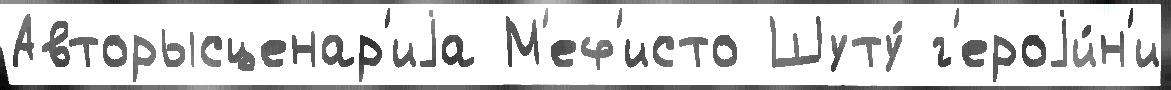
Авторысценар'иjа М'еф'исто Шуту́ г'ероjи́н'и